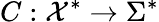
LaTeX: C:{\mathcal{X}}^{*}\rightarrow\Sigma^{*}